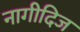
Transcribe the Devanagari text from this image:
नागीदिज